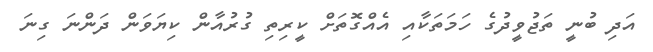
އަދި ބުނީ ތަޖުވީދުގެ ހަމަތަކާއި އެއްގޮތަށް ކީރިތި ގުރުއާން ކިޔަވަން ދަންނަ ގިނަ